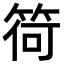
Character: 𥮆